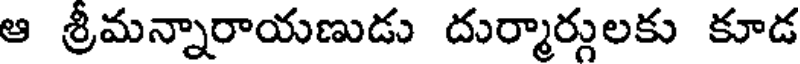
ఆ శ్రీమన్నారాయణుడు దుర్మార్గులకు కూడ